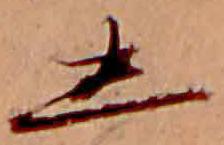
し